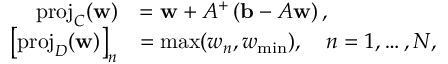
\begin{array} { r l } { \operatorname { p r o j } _ { C } ( \mathbf { w } ) } & { = \mathbf { w } + A ^ { + } \left( \mathbf { b } - A \mathbf { w } \right) , } \\ { \left[ \operatorname { p r o j } _ { D } ( \mathbf { w } ) \right] _ { n } } & { = \operatorname* { m a x } ( w _ { n } , w _ { \mathrm { m i n } } ) , \quad n = 1 , \dots , N , } \end{array}